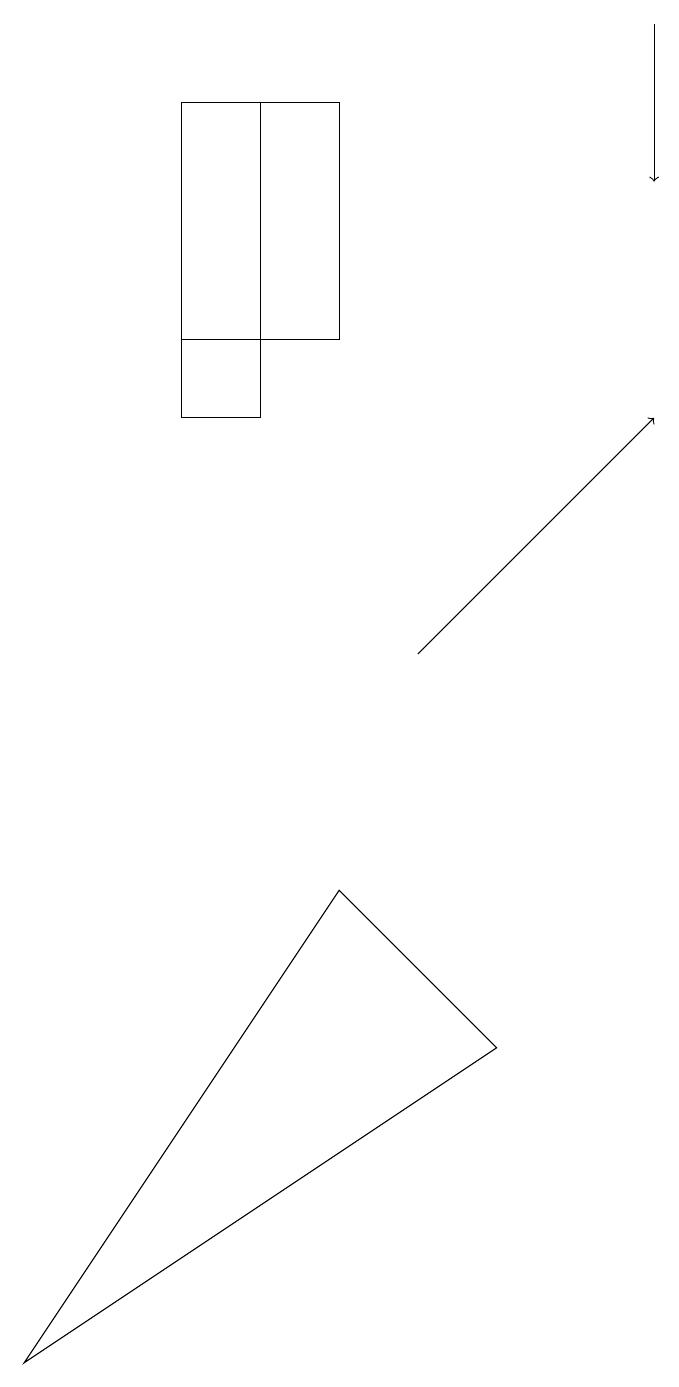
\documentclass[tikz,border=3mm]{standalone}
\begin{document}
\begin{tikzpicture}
\draw (4,17) rectangle (2,14);
\draw (2,17) rectangle (3,13);
\draw[->] (5,10) -- (8,13);
\draw[->] (8,18) -- (8,16);
\draw (0,1) -- (6,5) -- (4,7) -- cycle;
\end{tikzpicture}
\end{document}